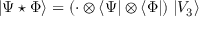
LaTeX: | \Psi \star \Phi \rangle = ( \cdot \otimes \langle \Psi | \otimes \langle \Phi | ) \; | V _ { 3 } \rangle